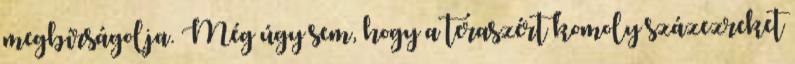
megbírságolja. Még úgy sem, hogy a teraszért komoly százezreket